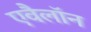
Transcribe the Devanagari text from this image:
एवैलॉन